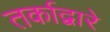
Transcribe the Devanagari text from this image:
तर्काद्वारे